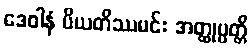
ဒေဝါနံ ပိယတိဿမင်း အတ္ထုပ္ပတ္တိ